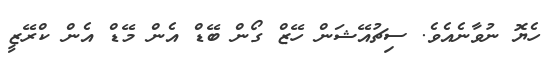
ހެޔޮ ނުވާނެއެވެ. ސިޗުއޭޝަން ހޭޒް ގޯން ބޭޑް އެން މޭޑް އެން ކްރޭޒީ